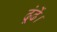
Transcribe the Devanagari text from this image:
ढूंढें।